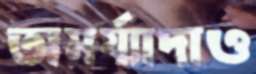
অমর্য্যাদাও